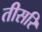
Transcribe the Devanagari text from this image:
तीसरि